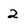
Character: 2